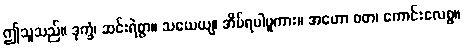
ဤသူသည်။ ဒုက္ခံ၊ ဆင်းရဲစွာ။ သယေယျ၊ အိပ်ရပါမူကား။ အဟော ဝတ၊ ကောင်းလေစွ။